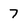
Character: 7